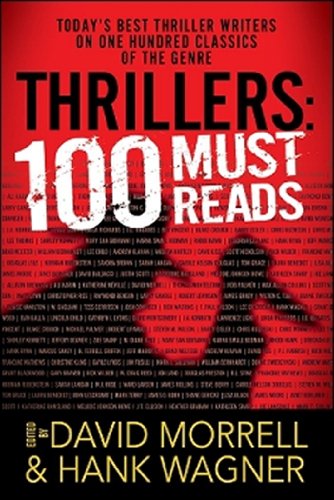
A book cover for Thrillers: 100 Must-Reads; Mystery, Thriller & Suspense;